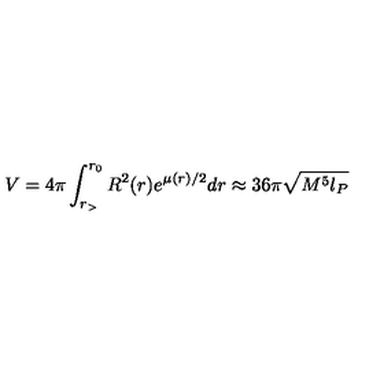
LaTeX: V = 4 \pi \int _ { r _ { > } } ^ { r _ { 0 } } R ^ { 2 } ( r ) e ^ { \mu ( r ) / 2 } d r \approx 3 6 \pi \sqrt { M ^ { 5 } l _ { P } }